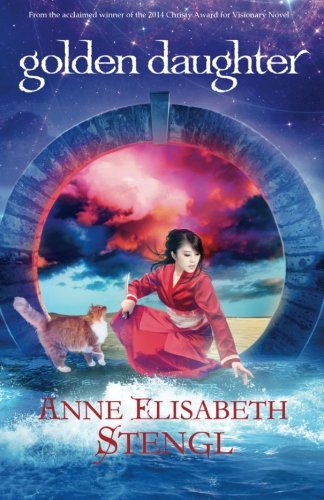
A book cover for Golden Daughter (Tales of Goldstone Wood) (Volume 7); Anne Elisabeth Stengl; Science Fiction & Fantasy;